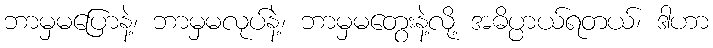
ဘာမှမပြောနဲ့၊ ဘာမှမလုပ်နဲ့၊ ဘာမှမတွေးနဲ့လို့ အဓိပ္ပာယ်ရတယ်၊ ဒါဟာ